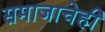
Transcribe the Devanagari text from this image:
समाजाचेही